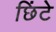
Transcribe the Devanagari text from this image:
छिंटे